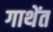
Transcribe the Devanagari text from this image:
गाथेंत